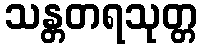
သန္တတရသုတ္တ